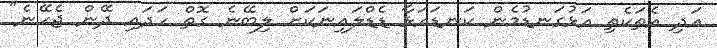
އަދި އެތަކެތި އަޅުގަނޑުމެން ކަނޑައަޅާ ޑެޑްލައިނަކަށް ލިބޭނެ ގޮތް ހަދައި ދޭން ޖެހޭނެ"